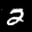
Label: 2